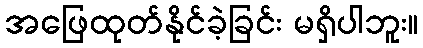
အဖြေထုတ်နိုင်ခဲ့ခြင်း မရှိပါဘူး။